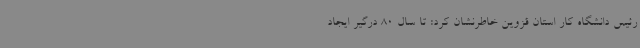
رئیس دانشگاه کار استان قزوین خاطرنشان کرد: تا سال 80 درگیر ایجاد